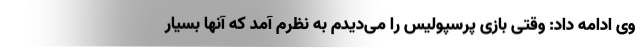
وی ادامه داد: وقتی بازی پرسپولیس را می‌دیدم به نظرم آمد که آنها بسیار